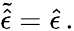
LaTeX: \tilde{\hat{\epsilon}}=\hat{\epsilon}\, .